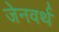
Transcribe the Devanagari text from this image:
जेनवर्थ